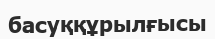
басуққұрылғысы